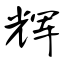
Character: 辉